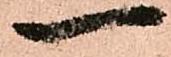
一